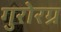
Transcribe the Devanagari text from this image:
गुरोरग्र